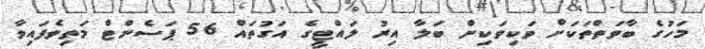
މަހުގެ ބާވަތްތަކަށް ވަކިވަކިން ބަލާ އިރު ލައްޓީގެ އަގުތައް 56 ޕަސެންޓް މަތިވެފައިވާ